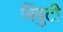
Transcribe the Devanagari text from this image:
बिंबुटी